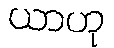
ယာဟု